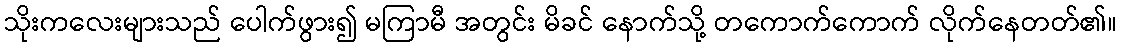
သိုးကလေးများသည် ပေါက်ဖွား၍ မကြာမီ အတွင်း မိခင် နောက်သို့ တကောက်ကောက် လိုက်နေတတ်၏။